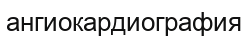
ангиокардиография